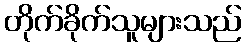
တိုက်ခိုက်သူများသည်